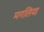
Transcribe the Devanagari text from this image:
मगलिया